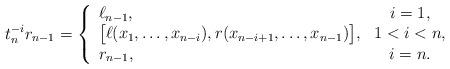
LaTeX: \begin{align*} t_n^{-i} r_{n-1} = \left\{ \begin{array}{lc} \ell_{n-1}, & i=1, \\ \big[\ell(x_1,\ldots,x_{n-i}),r(x_{n-i+1},\ldots,x_{n-1})\big], & 1< i < n, \\ r_{n-1}, & i = n. \end{array} \right.\end{align*}